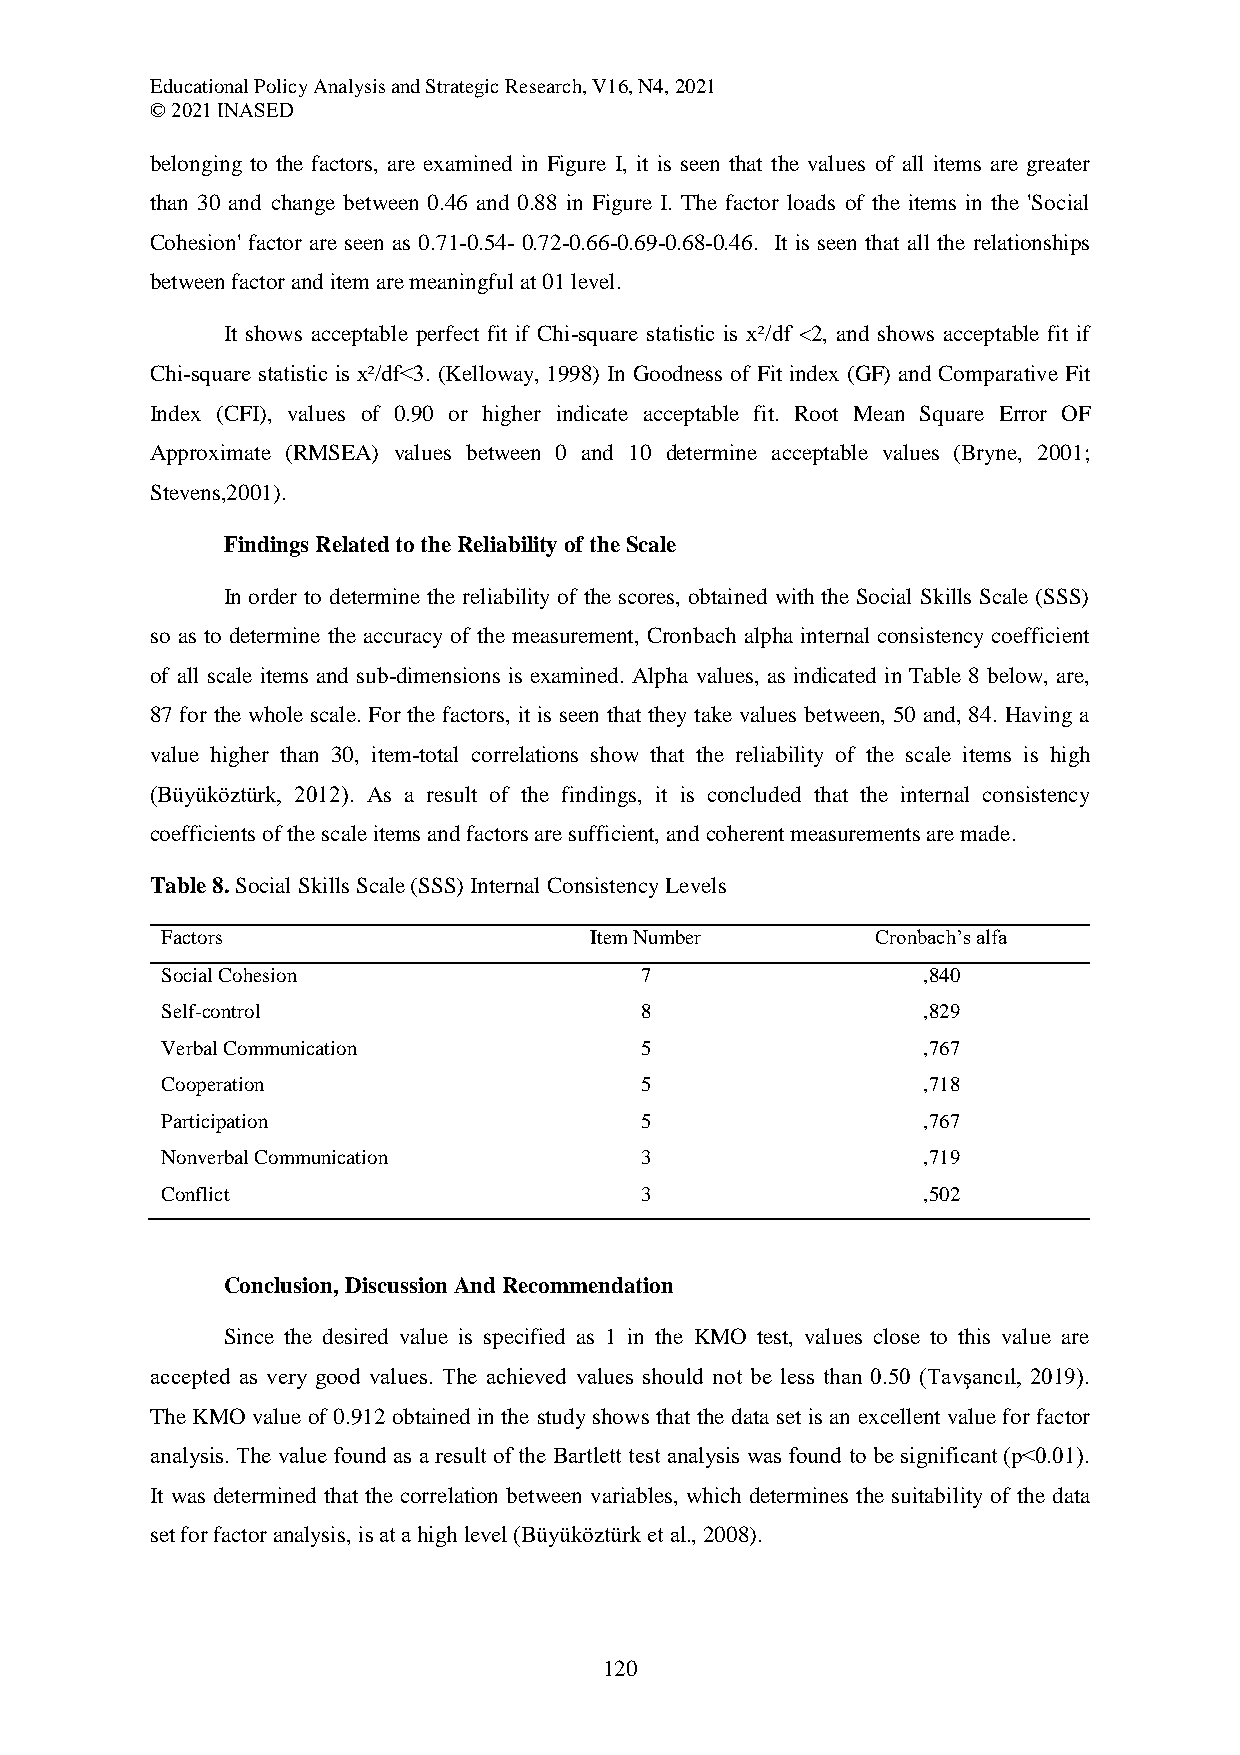
Educational Policy Analysis and Strategic Research, V16, N4, 2021
 © 2021 INASED
 belonging to the factors, are examined in Figure I, it is seen that the values of all items are greater
 than 30 and change between 0.46 and 0.88 in Figure I. The factor loads of the items in the 'Social
 Cohesion' factor are seen as 0.71-0.54- 0.72-0.66-0.69-0.68-0.46. It is seen that all the relationships
 between factor and item are meaningful at 01 level.
 It shows acceptable perfect fit if Chi-square statistic is x²/df <2, and shows acceptable fit if
 Chi-square statistic is x²/df<3. (Kelloway, 1998) In Goodness of Fit index (GF) and Comparative Fit
 Index (CFI), values of 0.90 or higher indicate acceptable fit. Root Mean Square Error OF
 Approximate (RMSEA) values between 0 and 10 determine acceptable values (Bryne, 2001;
 Stevens,2001).
 Findings Related to the Reliability of the Scale
 In order to determine the reliability of the scores, obtained with the Social Skills Scale (SSS)
 so as to determine the accuracy of the measurement, Cronbach alpha internal consistency coefficient
 of all scale items and sub-dimensions is examined. Alpha values, as indicated in Table 8 below, are,
 87 for the whole scale. For the factors, it is seen that they take values between, 50 and, 84. Having a
 value higher than 30, item-total correlations show that the reliability of the scale items is high
 (Büyüköztürk, 2012). As a result of the findings, it is concluded that the internal consistency
 coefficients of the scale items and factors are sufficient, and coherent measurements are made.
 Table 8. Social Skills Scale (SSS) Internal Consistency Levels
 Factors                     Item Number        Cronbach’s alfa
 Social Cohesion                7                  ,840
 Self-control                   8                  ,829
 Verbal Communication           5                  ,767
 Cooperation                    5                  ,718
 Participation                  5                  ,767
 Nonverbal Communication        3                  ,719
 Conflict                       3                  ,502
 Conclusion, Discussion And Recommendation
 Since the desired value is specified as 1 in the KMO test, values close to this value are
 accepted as very good values. The achieved values should not be less than 0.50 (Tavşancıl, 2019).
 The KMO value of 0.912 obtained in the study shows that the data set is an excellent value for factor
 analysis. The value found as a result of the Bartlett test analysis was found to be significant (p˂0.01).
 It was determined that the correlation between variables, which determines the suitability of the data
 set for factor analysis, is at a high level (Büyüköztürk et al., 2008).
 120